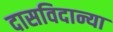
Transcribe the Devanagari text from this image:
दासविदान्या